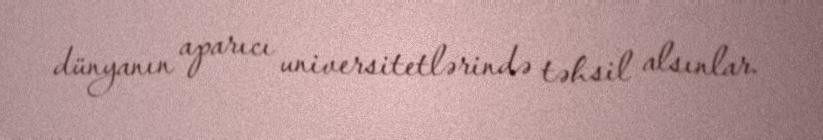
dünyanın aparıcı universitetlərində təhsil alsınlar.